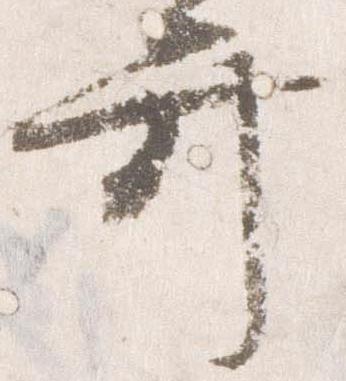
弁